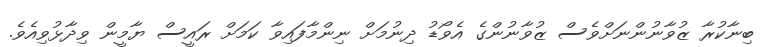
ބިނާކުރާ ޒުވާނުންނަށްވެސް ޒުވާނުންގެ އެވޯޑު ދިނުމަށް ނިންމާފައިވާ ކަމަށް ރައީސް ޔާމީން ވިދާޅުވިއެވެ.